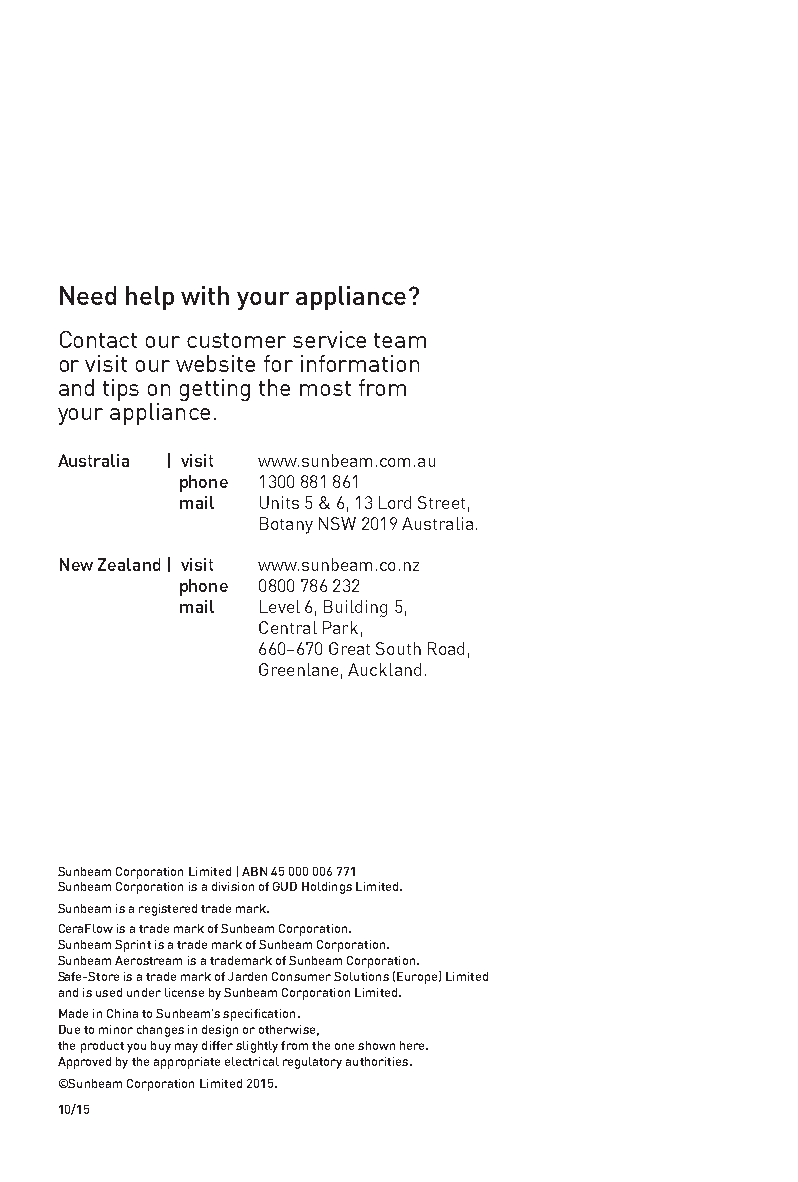
Need help with your appliance?
 Contact our customer service team
 or visit our website for information
 and tips on getting the most from
 your appliance.
 Australia | visit www.sunbeam.com.au
 phone 1300 881 861
 mail Units 5 & 6, 13 Lord Street,
 Botany NSW 2019 Australia.
 New Zealand | visit www.sunbeam.co.nz
 phone 0800 786 232
 mail Level 6, Building 5,
 Central Park,
 660–670 Great South Road,
 Greenlane, Auckland.
 Sunbeam Corporation Limited | ABN 45 000 006 771
 Sunbeam Corporation is a division of GUD Holdings Limited.
 Sunbeam is a registered trade mark.
 CeraFlow is a trade mark of Sunbeam Corporation.
 Sunbeam Sprint is a trade mark of Sunbeam Corporation.
 Sunbeam Aerostream is a trademark of Sunbeam Corporation.
 Safe-Store is a trade mark of Jarden Consumer Solutions (Europe) Limited
 and is used under license by Sunbeam Corporation Limited.
 Made in China to Sunbeam’s specification.
 Due to minor changes in design or otherwise,
 the product you buy may differ slightly from the one shown here.
 Approved by the appropriate electrical regulatory authorities.
 ©Sunbeam Corporation Limited 2015.
 10/15